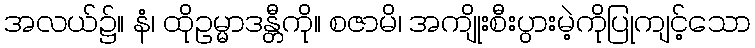
အလယ်၌။ နံ၊ ထိုဥမ္မာဒန္တီကို။ စဇာမိ၊ အကျိုးစီးပွားမဲ့ကိုပြုကျင့်သော